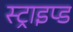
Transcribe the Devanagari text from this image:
स्ट्राइप्ड